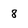
Character: 8